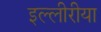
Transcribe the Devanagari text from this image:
इल्लीरीया